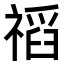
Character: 𥛗